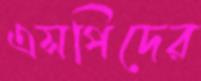
এসপিদের